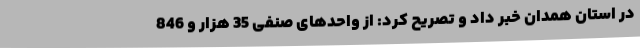
در استان همدان خبر داد و تصریح کرد: از واحدهای صنفی 35 هزار و 846